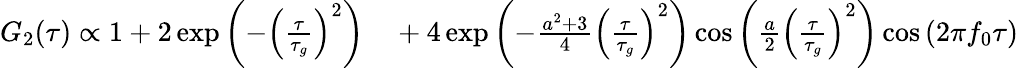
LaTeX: \begin{array}{rl}{G_{2}(\tau)\propto 1+2\exp{\left(-\left(\frac{\tau}{\tau_{g}}\right)^{2}\right)}}&{{}+4\exp{\left(-\frac{a^{2}+3}{4}\left(\frac{\tau}{\tau_{g}}\right)^{2}\right)}\cos{\left(\frac{a}{2}\left(\frac{\tau}{\tau_{g}}\right)^{2}\right)}\cos{(2\pi f_{0}\tau)}}\end{array}